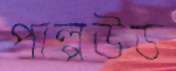
পাল্পউড